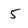
Character: 5